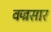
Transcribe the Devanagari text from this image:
वज्रसार